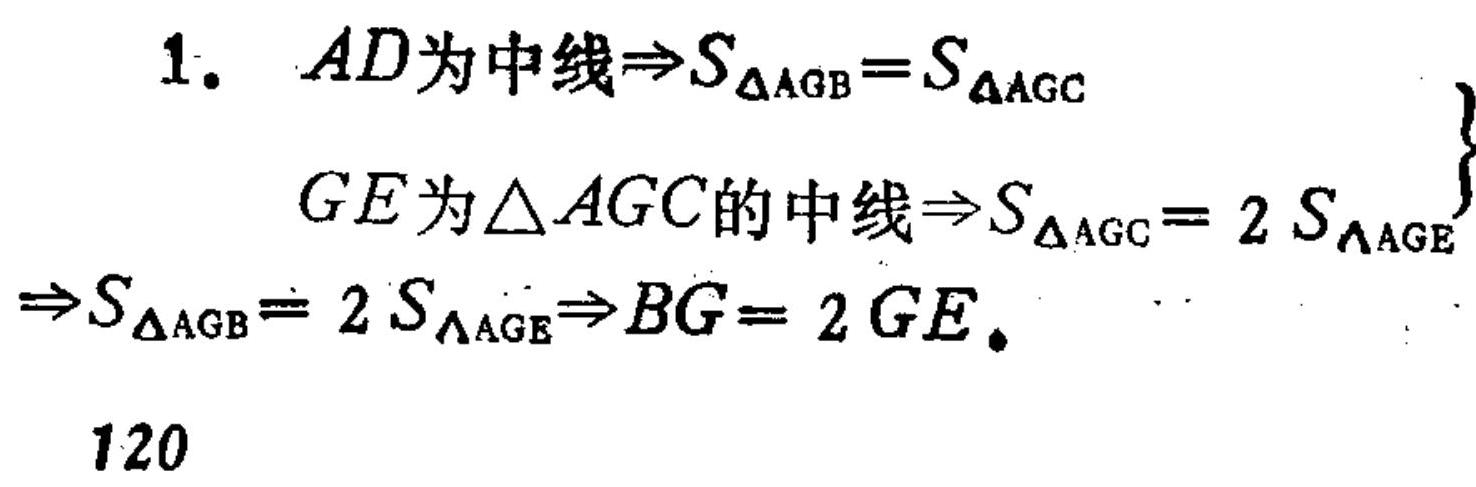
1. \(AD为中线\Rightarrow S_{\triangle AGB}=S_{\triangle AGC}\)
\(GE为\triangle AGC的中线\Rightarrow S_{\triangle AGC}=2S_{\triangle AGE}\)
\(\Rightarrow S_{\triangle AGB}=2S_{\triangle AGE}\Rightarrow BG = 2GE\)
120